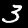
Label: 3